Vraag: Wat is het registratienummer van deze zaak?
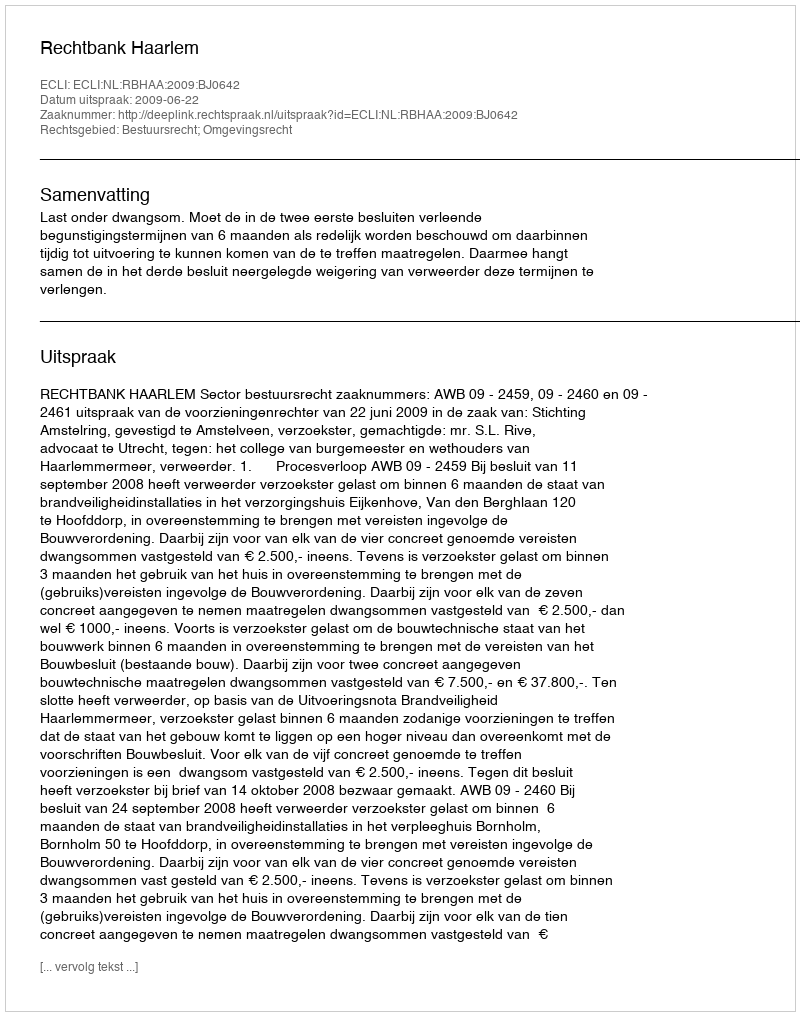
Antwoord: http://deeplink.rechtspraak.nl/uitspraak?id=ECLI:NL:RBHAA:2009:BJ0642